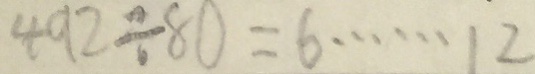
4 9 2 \div 8 0 = 6 \cdots 1 2